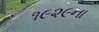
૧૯૨૯ના